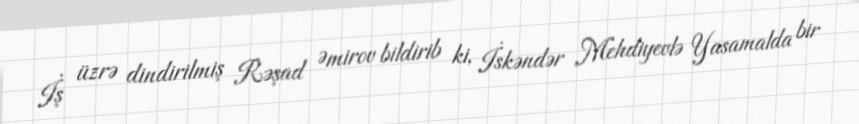
İş üzrə dindirilmiş Rəşad Əmirov bildirib ki, İskəndər Mehdiyevlə Yasamalda bir